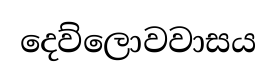
දෙව්ලොවවාසය